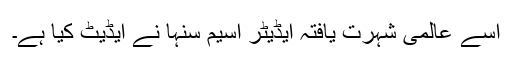
اسے عالمی شہرت یافتہ ایڈیٹر اسیم سنہا نے ایڈیٹ کیا ہے۔